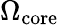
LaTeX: \Omega_{\mathrm{core}}